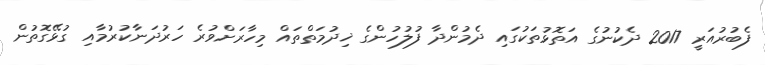
ފެބުރުއަރީ 2017 ދެކުނުގެ އަތޮޅުތަކުގައި ދެމުންދާ ފުލުހުންގެ ޚިދުމަތްތައް މިހާރަށްވުރެ ހަރުދަނާކުރުމާއި ގުޅޭގޮތުން